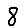
Digit: 8